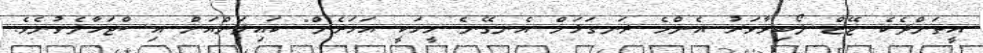
އީތަންދެކެ ޖޭޒް ލޯބިވާވަރު އެންމެ ރަނގަޅަށް އެނގޭނެ މީހަކީ އަހަރެން" ކައިލަންއަށް އިސްޖަހާލެވުނެވެ.